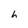
Character: h